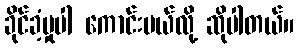
ခိုင်ခံ့မှုပါ ကောင်းမယ်လို့ ဆိုပါတယ်။